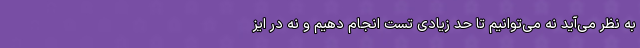
به نظر می‌آید نه می‌توانیم تا حد زیادی تست انجام دهیم و نه در ایز